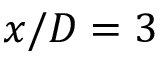
x / D = 3